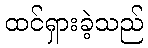
ထင်ရှားခဲ့သည်